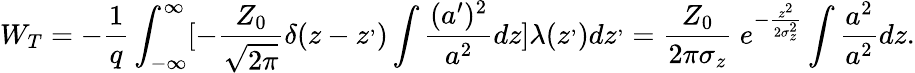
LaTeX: W_{T}=-\frac{1}{q}\int_{-\infty}^{\infty}[{-\frac{Z_{0}}{\sqrt{2\pi}}\delta(z-z^{,})\int\frac{(a^{\prime})^{2}}{a^{2}}dz}]\lambda(z^{,})dz^{,}=\frac{Z_{0}}{2\pi\sigma_{z}}\ e^{-\frac{z^{2}}{2\sigma_{z}^{2}}}\int\frac{a^{2}}{a^{2}}dz.